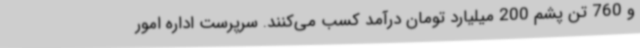
و 760 تن پشم 200 میلیارد تومان درآمد کسب می‌کنند. سرپرست اداره امور